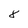
Character: 8